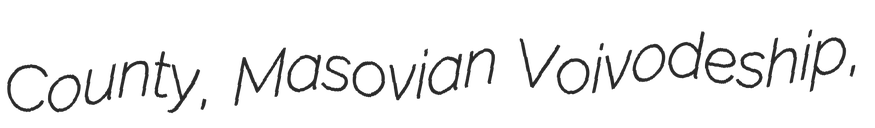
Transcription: County, Masovian Voivodeship,